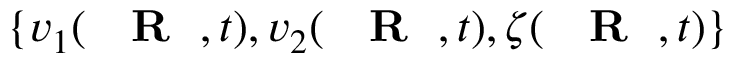
\{ v _ { 1 } ( \mathrm { ~ { ~ \bf ~ R ~ } ~ } , t ) , v _ { 2 } ( \mathrm { ~ { ~ \bf ~ R ~ } ~ } , t ) , \zeta ( \mathrm { ~ { ~ \bf ~ R ~ } ~ } , t ) \}